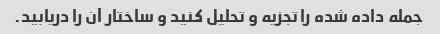
جمله داده شده را تجزیه و تحلیل کنید و ساختار آن را دریابید.